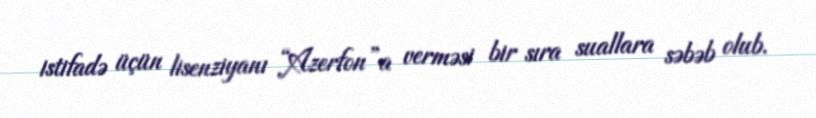
istifadə üçün lisenziyanı “Azerfon”a verməsi bir sıra suallara səbəb olub.